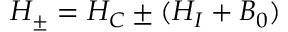
H _ { \pm } = H _ { C } \pm ( H _ { I } + B _ { 0 } )